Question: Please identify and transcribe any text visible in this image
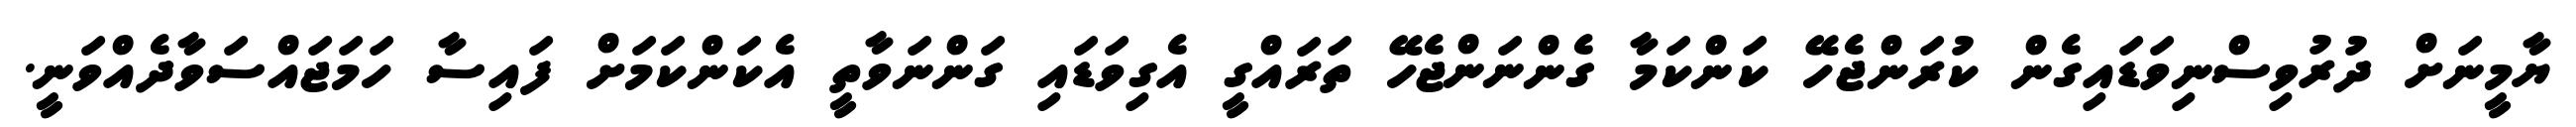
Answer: ޔާމީނަށް ދުރުވިސްނިވަޑައިގެން ކުރަންޖެހޭ ކަންކަމާ ގެންނަންޖެހޭ ތަރައްގީ އެގިވަޑައި ގަންނަވާތީ އެކަންކަމަށް ފައިސާ ހަމަޖައްސަވާދެއްވަނީ.